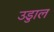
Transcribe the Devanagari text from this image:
उडुाल